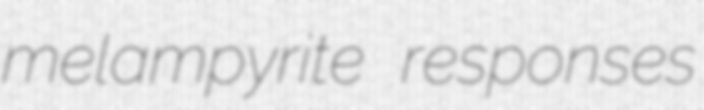
melampyrite responses